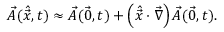
\vec { A } ( \hat { \vec { x } } , t ) \approx \vec { A } ( \vec { 0 } , t ) + \left( \hat { \vec { x } } \cdot \vec { \nabla } \right) \vec { A } ( \vec { 0 } , t ) .